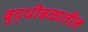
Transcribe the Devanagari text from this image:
बुद्धीबळातील